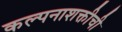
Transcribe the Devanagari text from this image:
कल्पनाशक्तीची